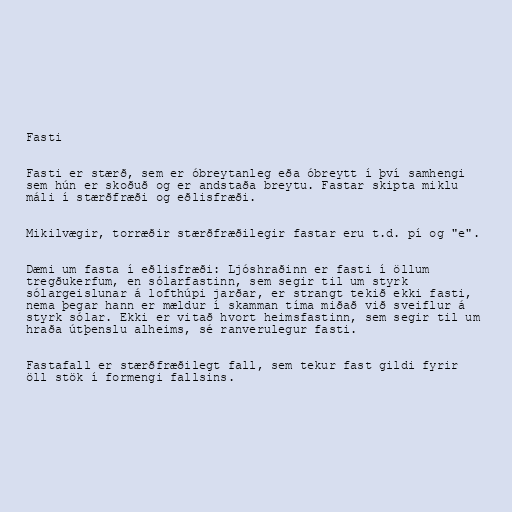
Fasti

Fasti er stærð, sem er óbreytanleg eða óbreytt í því samhengi
sem hún er skoðuð og er andstaða breytu. Fastar skipta miklu
máli í stærðfræði og eðlisfræði.

Mikilvægir, torræðir stærðfræðilegir fastar eru t.d. pí og "e".

Dæmi um fasta í eðlisfræði: Ljóshraðinn er fasti í öllum
tregðukerfum, en sólarfastinn, sem segir til um styrk
sólargeislunar á lofthúpi jarðar, er strangt tekið ekki fasti,
nema þegar hann er mældur í skamman tíma miðað við sveiflur á
styrk sólar. Ekki er vitað hvort heimsfastinn, sem segir til um
hraða útþenslu alheims, sé ranverulegur fasti.

Fastafall er stærðfræðilegt fall, sem tekur fast gildi fyrir
öll stök í formengi fallsins.